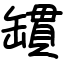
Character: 罆